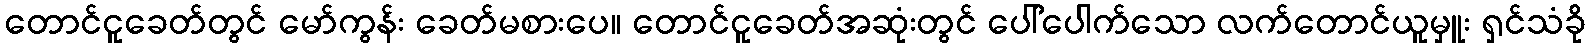
တောင်ငူခေတ်တွင် မော်ကွန်း ခေတ်မစားပေ။ တောင်ငူခေတ်အဆုံးတွင် ပေါ်ပေါက်သော လက်တောင်ယူမှူး ရှင်သံခို